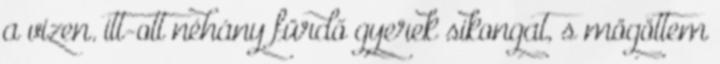
a vizen. itt-ott néhány fürdő gyerek sikongat, s mögöttem